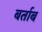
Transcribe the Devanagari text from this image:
बर्ताब